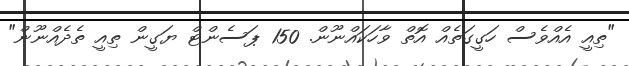
"ތިއީ އެއްވެސް ހަގީގަތެއް އޮތް ވާހަކައްނޫން. 150 ޕަސެންޓް ޔަގީން ތިއީ ތެދެއްނޫން"